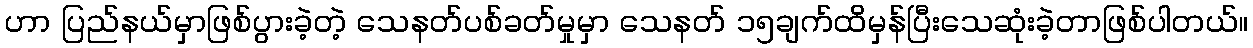
ဟာ ပြည်နယ်မှာဖြစ်ပွားခဲ့တဲ့ သေနတ်ပစ်ခတ်မှုမှာ သေနတ် ၁၅ချက်ထိမှန်ပြီးသေဆုံးခဲ့တာဖြစ်ပါတယ်။